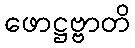
ဖောဋ္ဌဗ္ဗာတိ